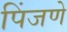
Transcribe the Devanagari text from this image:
पिंजणे